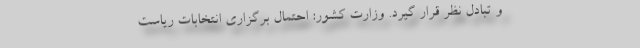
و تبادل نظر قرار گیرد. وزارت کشور: احتمال برگزاری انتخابات ریاست‌